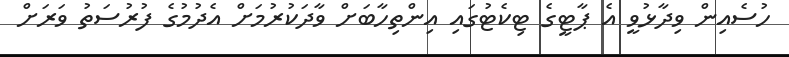
ހުސެއިން ވިދާޅުވީ އެ ޕާޓީގެ ޓިކެޓުގައި އިންތިހާބަށް ވާދަކުރުމަށް އެދުމުގެ ފުރުސަތު ވަރަށް